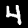
Label: 4